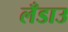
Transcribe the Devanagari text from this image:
लँडाउ